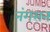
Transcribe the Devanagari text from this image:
नंगसन